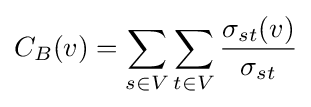
C_{B}(v)=\sum _{s\in V}\sum _{t\in V}{\frac {\sigma _{st}(v)}{\sigma _{st}}}